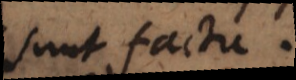
sunt factu.